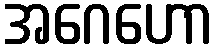
အဂေဟော